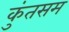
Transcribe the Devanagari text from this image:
कुंतसम